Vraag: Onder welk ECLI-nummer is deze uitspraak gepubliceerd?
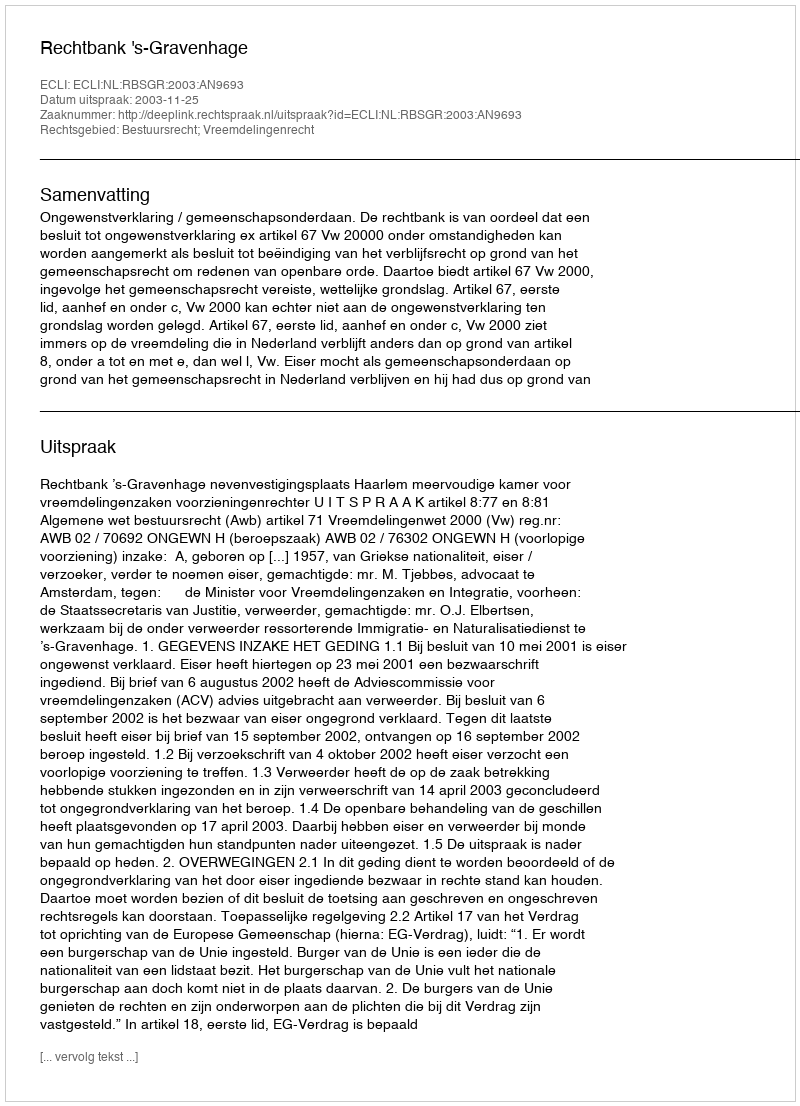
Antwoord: ECLI:NL:RBSGR:2003:AN9693